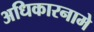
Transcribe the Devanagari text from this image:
अधिकारनामे